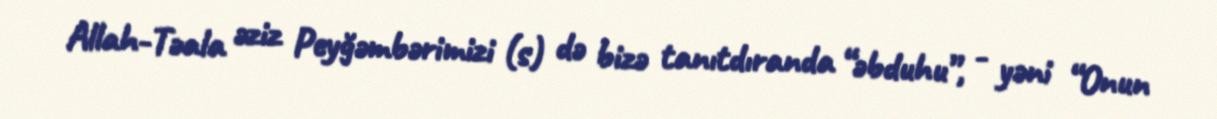
Allah-Təala əziz Peyğəmbərimizi (s) də bizə tanıtdıranda “əbduhu”, - yəni “Onun